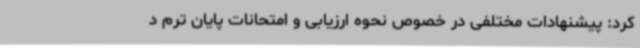
کرد: پیشنهادات مختلفی در خصوص نحوه ارزیابی و امتحانات پایان ترم د